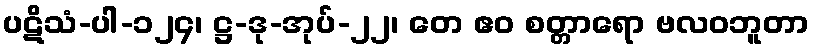
ပဋိသံ-ပါ-၁၂၄၊ ဋ္ဌ-ဒု-အုပ်-၂၂၊ တေ ဧဝ စတ္တာရော ဗလဝဘူတာ